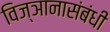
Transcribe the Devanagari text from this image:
विज्ञानासंबंधी